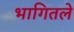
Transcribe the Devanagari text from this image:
भागितले